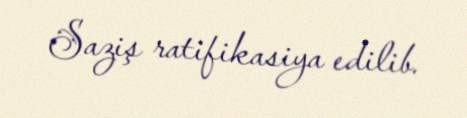
Saziş ratifikasiya edilib.